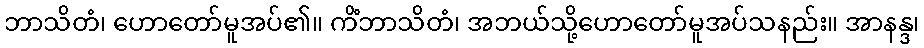
ဘာသိတံ၊ ဟောတော်မူအပ်၏။ ကိံဘာသိတံ၊ အဘယ်သို့ဟောတော်မူအပ်သနည်း။ အာနန္ဒ၊